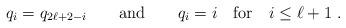
LaTeX: \begin{align*}q_{i}=q_{2\ell +2-i}\qquad {\rm and} \qquad q_{i}=i\quad {\rm for }\quad i\leq\ell +1~. \end{align*}